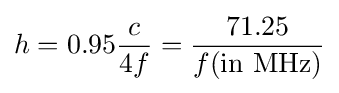
h=0.95{c \over 4f}={71.25 \over f{\text{(in MHz)}}}